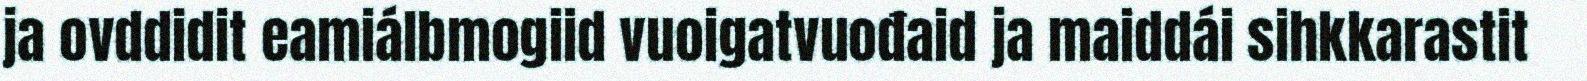
ja ovddidit eamiálbmogiid vuoigatvuođaid ja maiddái sihkkarastit